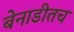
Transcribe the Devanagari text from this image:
बेनाडीतच